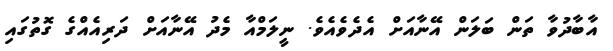
އާބާދުވާ ތަން ބަލަން އޭނާއަށް އެދެވެއެވެ. ނީލަމްއާ މެދު އޭނާއަށް ދަރިއެއްގެ ގޮތުގައި